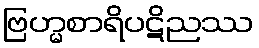
ဗြဟ္မစာရိပဋိညဿ